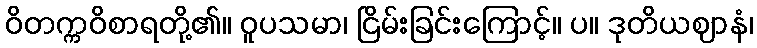
ဝိတက္ကဝိစာရတို့၏။ ဝူပသမာ၊ ငြိမ်းခြင်းကြောင့်။ ပ။ ဒုတိယဈာနံ၊